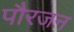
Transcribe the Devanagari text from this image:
पौरजन